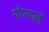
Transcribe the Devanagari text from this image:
योग्याने